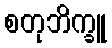
စတုဘိက္ခူ